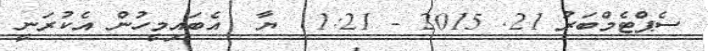
ސެޕްޓެމްބަރު 21